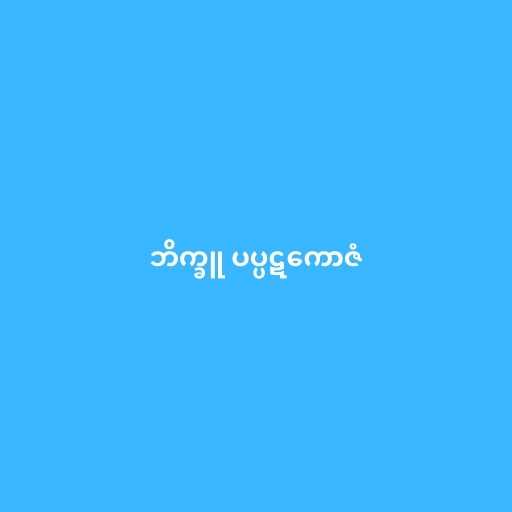
ဘိက္ခူ ပပ္ပဋကောဇံ